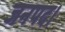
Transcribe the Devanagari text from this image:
जनपद।